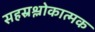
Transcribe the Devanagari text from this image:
सहस्रश्लोकात्मक